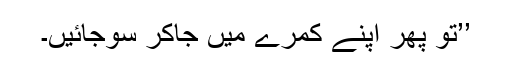
’’تو پھر اپنے کمرے میں جاکر سوجائیں۔